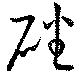
磻